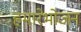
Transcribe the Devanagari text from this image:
हमारेभोजन